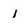
Character: 1